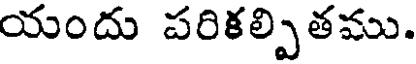
యందు పరికల్పితము.